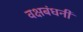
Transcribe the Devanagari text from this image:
वक्षबंधनी